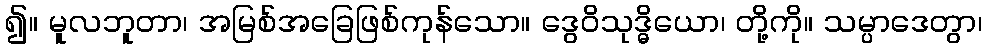
၍။ မူလဘူတာ၊ အမြစ်အခြေဖြစ်ကုန်သော။ ဒွေဝိသုဒ္ဓိယော၊ တို့ကို။ သမ္ပာဒေတွာ၊